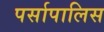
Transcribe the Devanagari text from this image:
पर्सापालिस